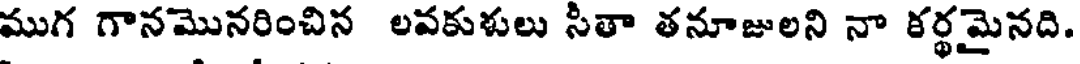
ముగ గానమొనరించిన లవకుళులు సీతా తనూజులని నా కర్థమైనది.